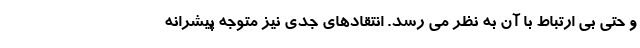
و حتی بی ارتباط با آن به نظر می رسد. انتقادهای جدی نیز متوجه پیشرانه